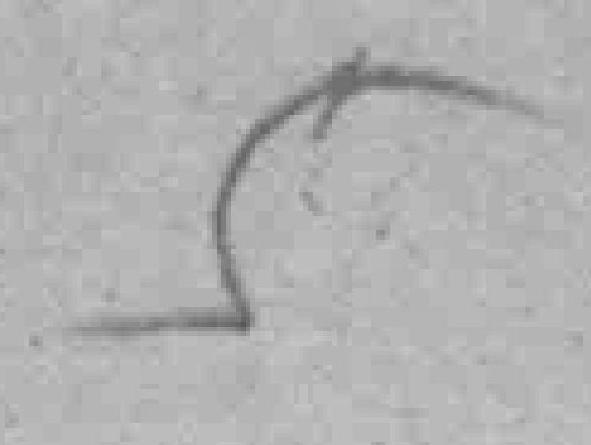
5